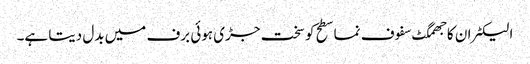
الیکٹران کا جھمگٹ سفوف نما سطح کو سخت جڑی ہوئی برف میں بدل دیتا ہے۔